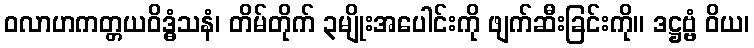
ဝလာဟကတ္တယဝိဒ္ဓံသနံ၊ တိမ်တိုက် ၃မျိုးအပေါင်းကို ဖျက်ဆီးခြင်းကို။ ဒဋ္ဌဗ္ဗံ ဝိယ၊